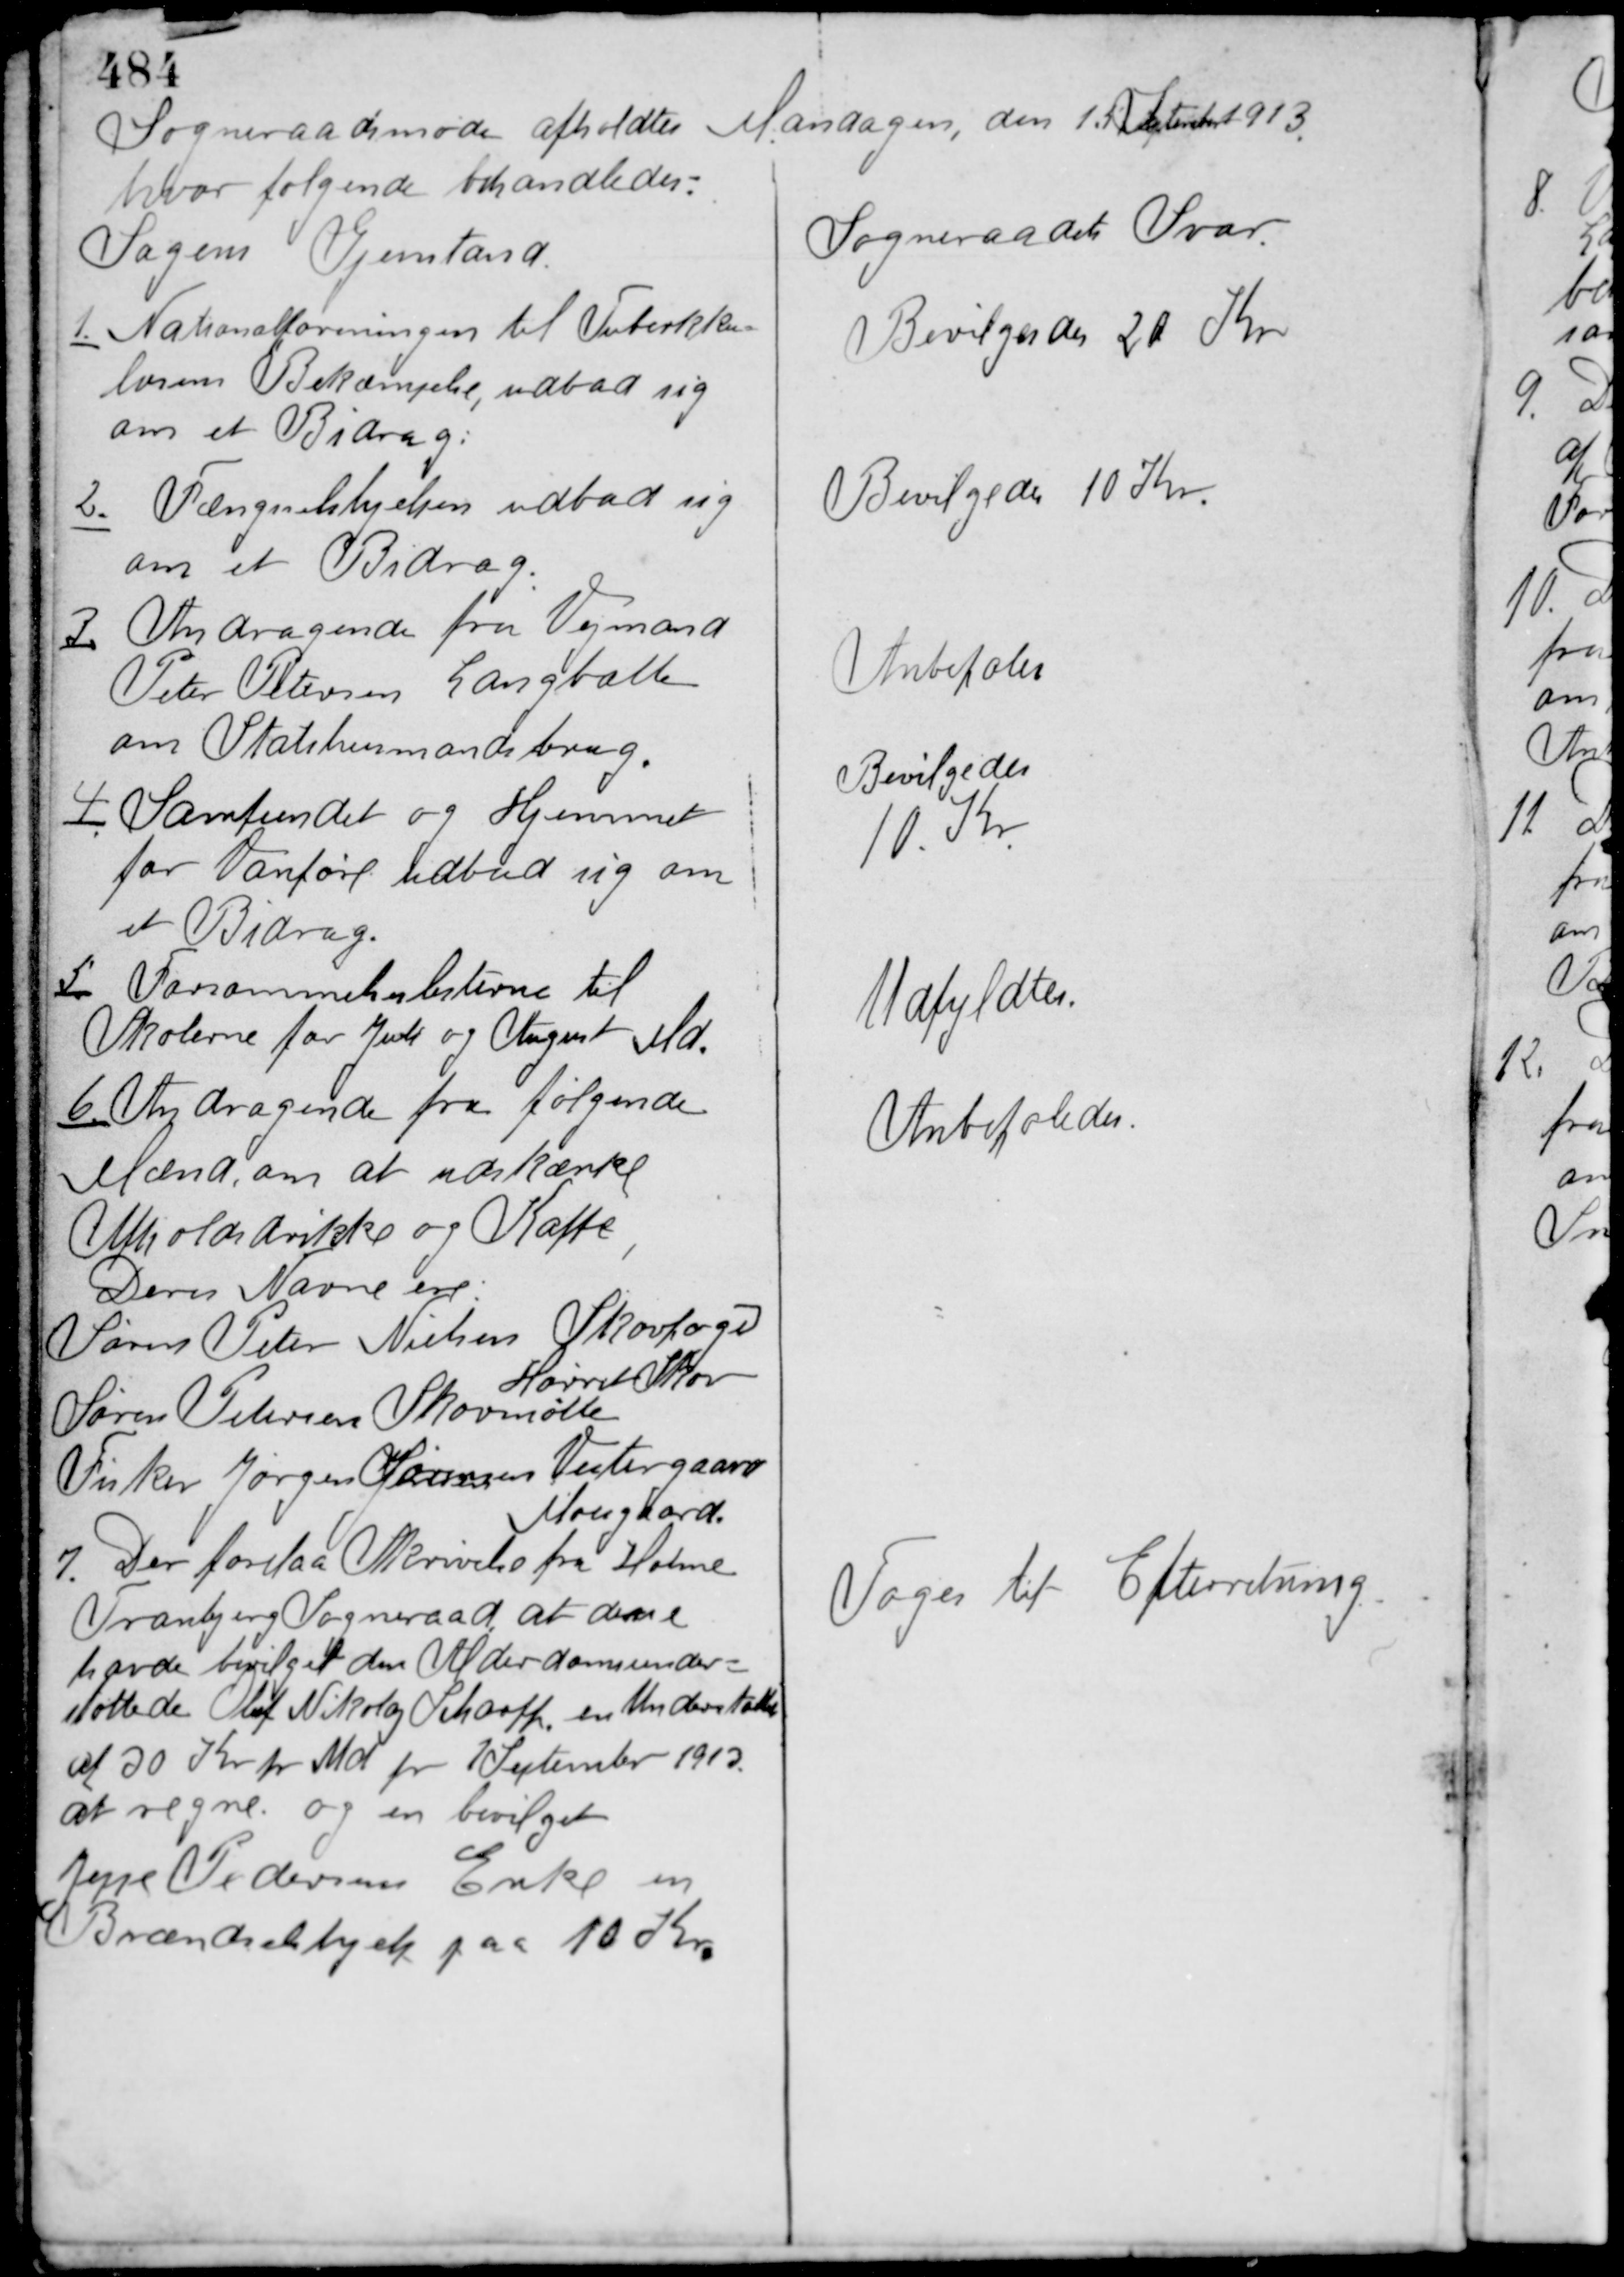
Transskription:
Sogneraadsmøde afholdtes Mandagen, den 15 September 1913
hvor følgende behandledes:

Sagens Gjenstand.

Sogneraadets Svar

1. Nationalforeningen til Tuberkku-
losens Bekæmpelse udbad sig
om et Bidrag.

Bevilgedes 20 Kr.

2. Fængselshjælpen udbad sig
om et Bidrag.

Bevilgedes 10 Kr.

3. Andragende fra Vejmand
Peter Petersen Langballe
om Statshusmandsbrug.

Anbefales

4. Samfundet og Hjemmet
for Vanføre udbad sig om
et Bidrag.

Bevilgedes
10 Kr.

5. Forsømmelseslisterne til
Skolerne for Juli og August Md.

Udfyldtes

6. Andragende fra følgende
Mænd, om at udskænke
Afholdsdrikke og Kaffe,
Deres Navne ere
Søren Peter Nielsen Skovfoged
Hørret Skov
Søren Petersen Skovmølle
Fisker Jørgen Sørensen Vestergaard
Moesgaard.

Anbefaledes

7. Der forelaa Skrivelse fra Holme
Tranbjerg Sogneraad at disse
havde bevilget den Alderdomsunder-
støttede Oluf Nikolaj Scharff en Understøttelse
af 30 Kr. pr. Md fra 1 September 1913
at regne og en bevilget
Jeppe Pedersens Enke en
Brændselshjælp paa 10 Kr.

Taget til Efterretning